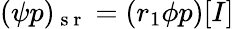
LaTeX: (\psi p)_{\mathrm{~s~r~}}=(r_{1}\phi p)[I]